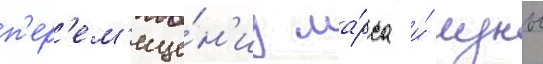
п'ер'ем'еще́н'иу ма́рса и́ луны